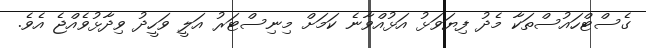
ގެސްޓްހައުސްތަކާ މެދު ފިޔަވަޅު އަޅުއްވާނެ ކަމަށް މިނިސްޓަރު އަލީ ވަހީދު ވިދާޅުވެއްޖެ އެވެ.